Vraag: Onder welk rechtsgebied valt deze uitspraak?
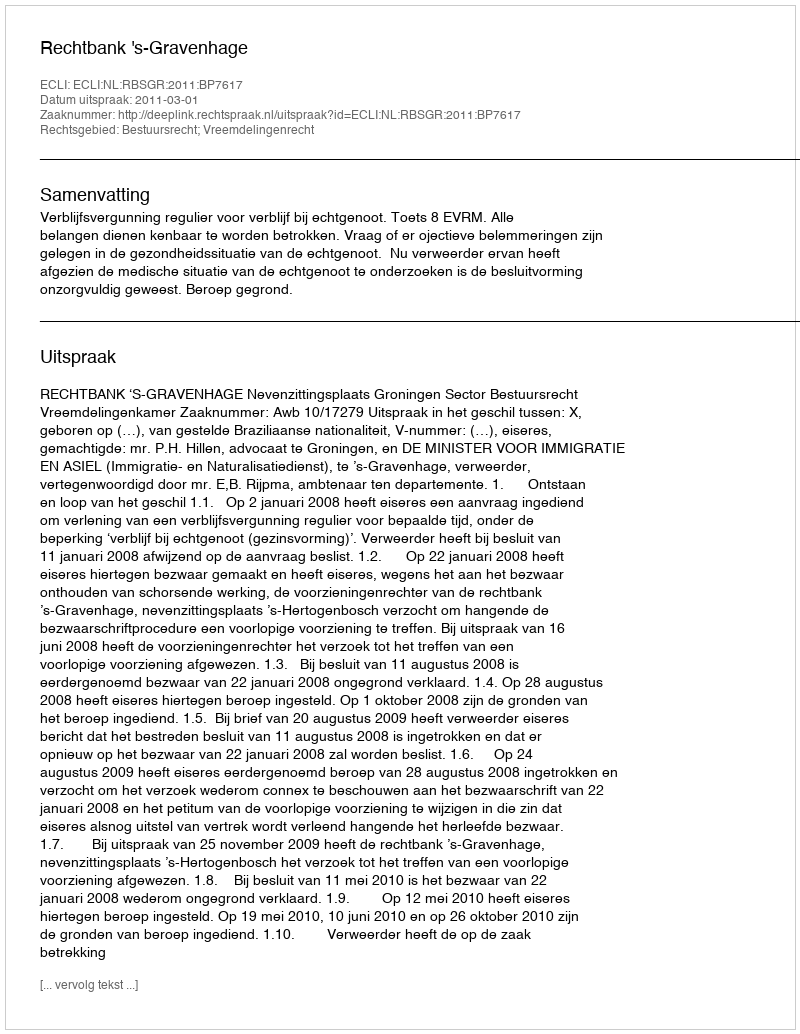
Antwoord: Bestuursrecht; Vreemdelingenrecht